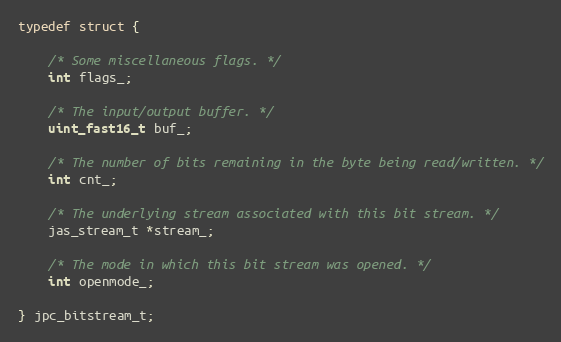
Language: C
typedef struct {

    /* Some miscellaneous flags. */
    int flags_;

    /* The input/output buffer. */
    uint_fast16_t buf_;

    /* The number of bits remaining in the byte being read/written. */
    int cnt_;

    /* The underlying stream associated with this bit stream. */
    jas_stream_t *stream_;

    /* The mode in which this bit stream was opened. */
    int openmode_;

} jpc_bitstream_t;